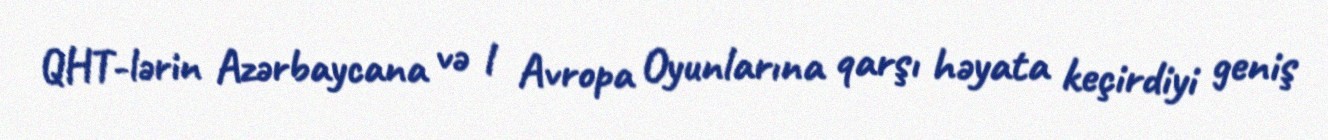
QHT-lərin Azərbaycana və l Avropa Oyunlarına qarşı həyata keçirdiyi geniş